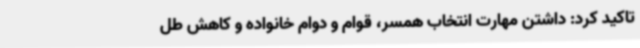
تاکید کرد: داشتن مهارت انتخاب همسر، قوام و دوام خانواده و کاهش طل